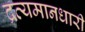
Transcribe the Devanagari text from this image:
द्रव्यमानधारी